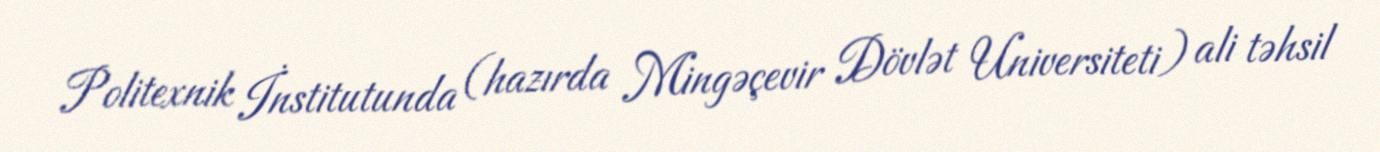
Politexnik İnstitutunda (hazırda Mingəçevir Dövlət Universiteti) ali təhsil